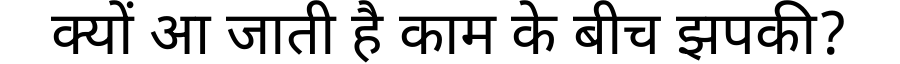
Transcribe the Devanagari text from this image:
क्यों आ जाती है काम के बीच झपकी?